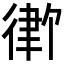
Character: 𪫓